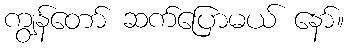
ကျွန်တော် ဆက်ပြောမယ် နော်။